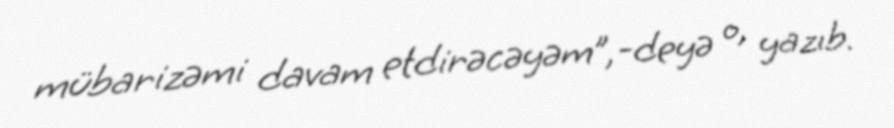
mübarizəmi davam etdirəcəyəm”,-deyə o, yazıb.